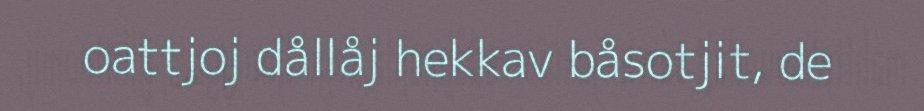
oattjoj dållåj hekkav båsotjit, de